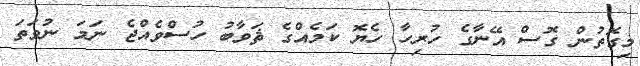
މިގޮތުން ގޮސް އޭނާގެ ހުރިހާ ހެޔޮ ކަމެއްގެ ޘަވާބު ހުސްވެއްޖެ ނަމަ ނުވަތަ